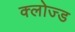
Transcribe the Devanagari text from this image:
क्‍लोज्‍ड